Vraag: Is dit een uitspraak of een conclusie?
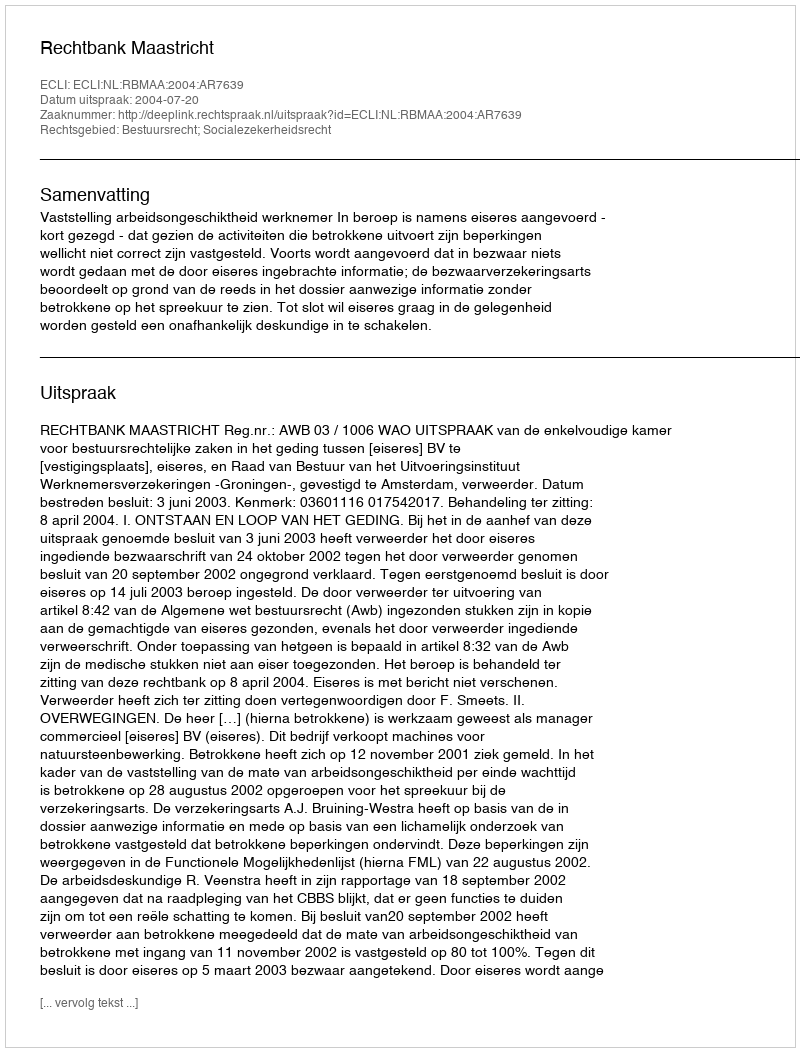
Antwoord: Uitspraak